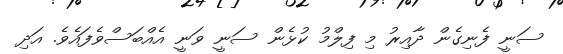
ސަނީ ފެނިގެން ދާއިރު މި ފިލްމު ކުޅެން ސަނީ ވަނީ އެއްބަސްވެފައެވެ. އަދި